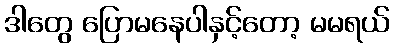
ဒါတွေ ပြောမနေပါနှင့်တော့ မမရယ်